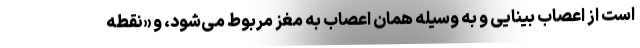
است از اعصاب بینایی و به وسیله همان اعصاب به مغز مربوط می‌شود، و «نقطه